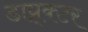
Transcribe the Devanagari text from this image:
डाय्र्क्टर